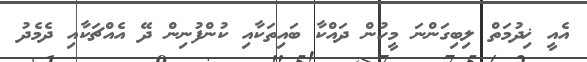
އެއީ ޚިދުމަތް ލިބިގަންނަ މީހުން ދައްކާ ބައިތަކާއި ކުންފުނިން ދޭ އެއްޗަކާއި ދެމެދު